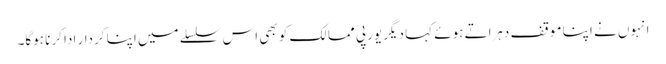
انہوں نے اپنا موقف دہراتے ہوئے کہا دیگر یورپی ممالک کو بھی اس سلسلے میں اپنا کردار ادا کرنا ہوگا۔